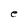
Character: e